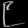
Digit: ၉